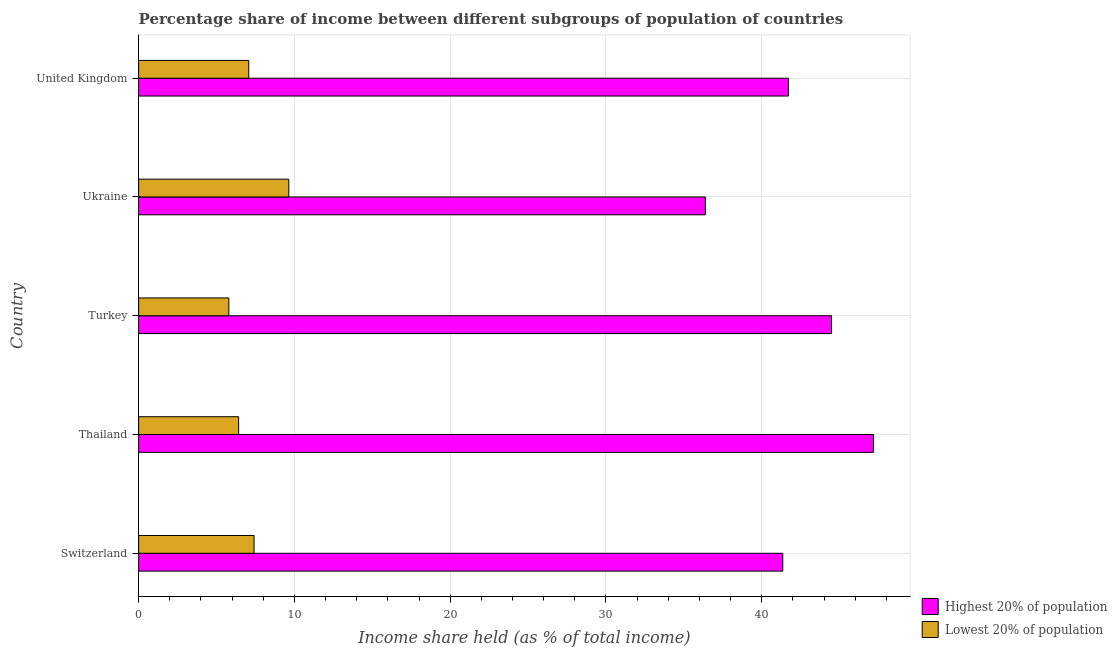
| Country | Highest 20% of population | Lowest 20% of population |
 | --- | --- | --- |
 | Switzerland | 41.4 | 7.41 |
 | Thailand | 47.2 | 6.42 |
 | Turkey | 44.5 | 5.79 |
 | Ukraine | 36.4 | 9.64 |
 | United Kingdom | 41.7 | 7.07 |